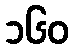
၁၆၀